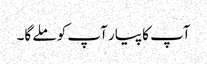
آپ کا پیار آپ کو ملے گا۔